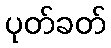
ပုတ်ခတ်